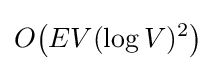
O{\bigl (}EV(\log V)^{2}{\bigr )}